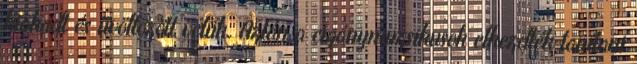
kiakadt és üvöltözött velük. Aztán a cigánymuzsikusok elkezdték tanítani